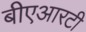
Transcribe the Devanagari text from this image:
बीएआरटी